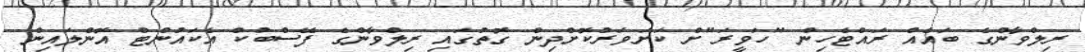
ރިލްވާންގެ ބައެއް ރައްޓެހިން "ހަވީރަ"ށް ކަށަވަރުކޮށްދިން ގޮތުގައި ރިލްވާންގެ ފޭސްބުކް އެކައުންޓް އޮންލައިން